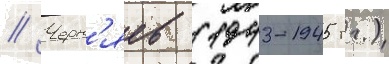
// Черн'яев (1943-1945 гг.)